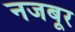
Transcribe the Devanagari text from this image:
नजबूर